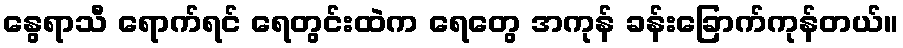
နွေရာသီ ရောက်ရင် ရေတွင်းထဲက ရေတွေ အကုန် ခန်းခြောက်ကုန်တယ်။